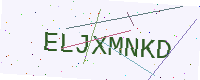
Text: ELJXMNKD